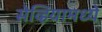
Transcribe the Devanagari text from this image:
सेव्हियामध्ये